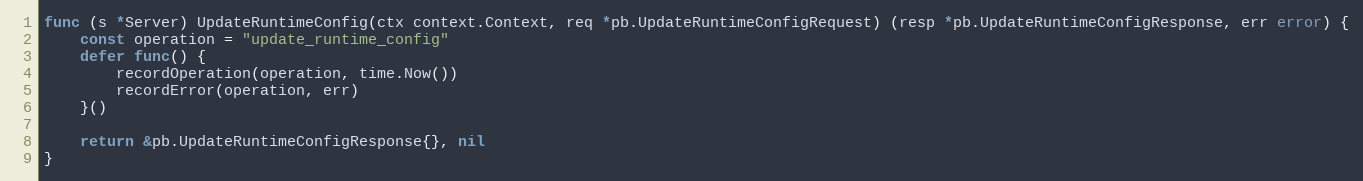
Language: Go
func (s *Server) UpdateRuntimeConfig(ctx context.Context, req *pb.UpdateRuntimeConfigRequest) (resp *pb.UpdateRuntimeConfigResponse, err error) {
	const operation = "update_runtime_config"
	defer func() {
		recordOperation(operation, time.Now())
		recordError(operation, err)
	}()

	return &pb.UpdateRuntimeConfigResponse{}, nil
}